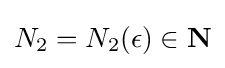
N_{2}=N_{2}(\epsilon )\in \mathbf {N}